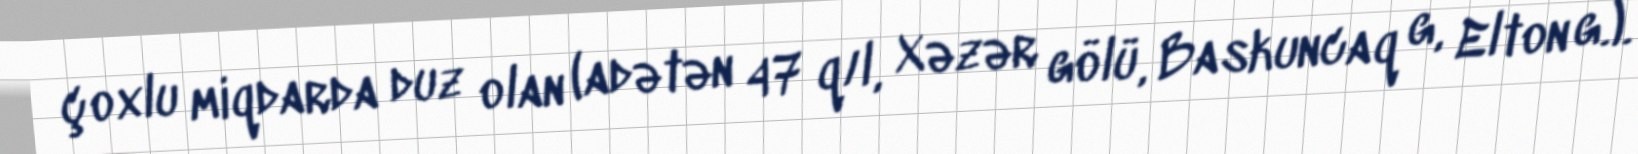
çoxlu miqdarda duz olan (adətən 47 q/l, Xəzər gölü, Baskuncaq g, Elton g.).